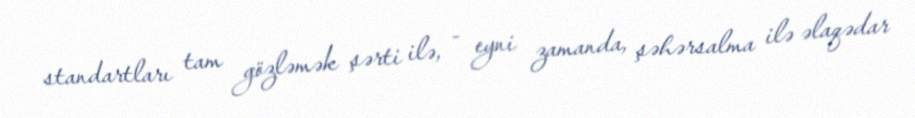
standartları tam gözləmək şərti ilə, - eyni zamanda, şəhərsalma ilə əlaqədar